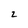
Character: 2